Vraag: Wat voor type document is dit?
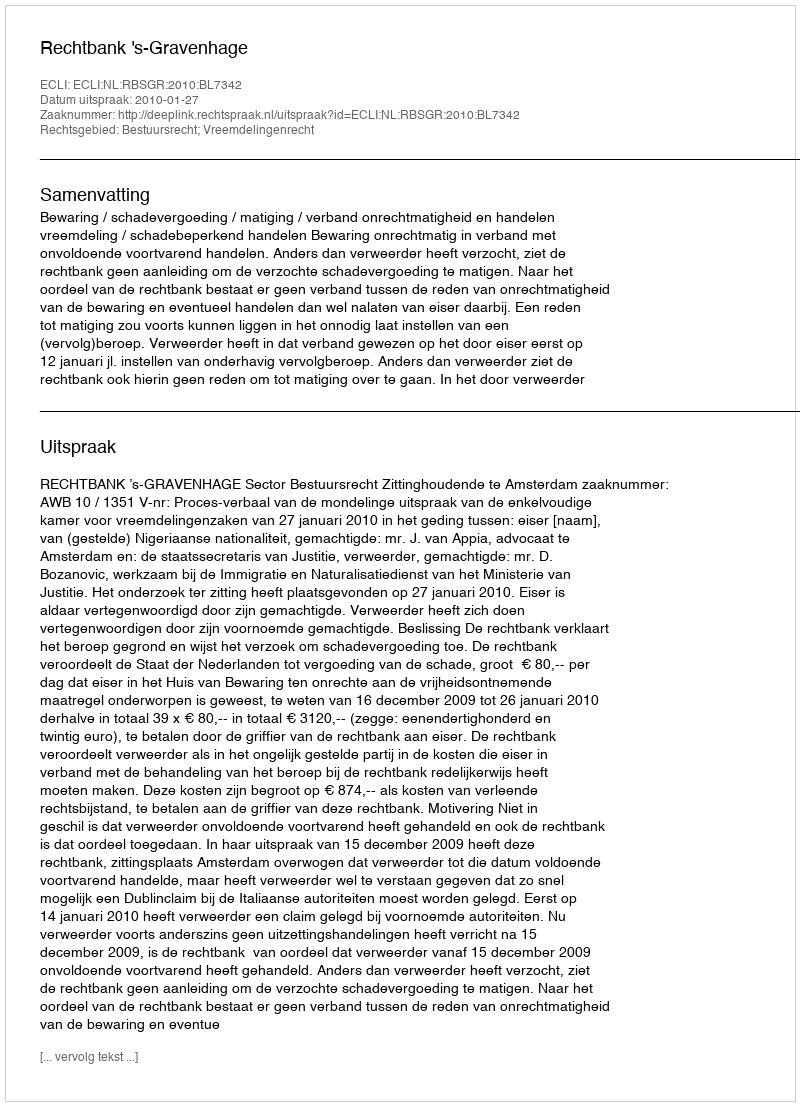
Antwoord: Uitspraak